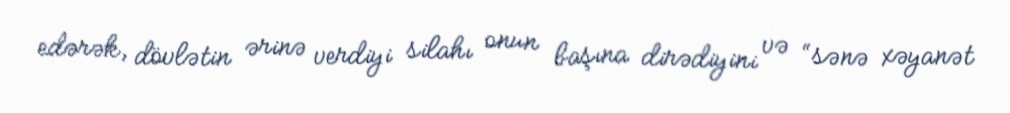
edərək, dövlətin ərinə verdiyi silahı onun başına dirədiyini və “sənə xəyanət